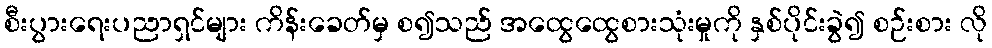
စီးပွားရေးပညာရှင်များ ကိန်းခေတ်မှ စ၍သည် အထွေထွေစားသုံးမှုကို နှစ်ပိုင်းခွဲ၍ စဉ်းစား လို